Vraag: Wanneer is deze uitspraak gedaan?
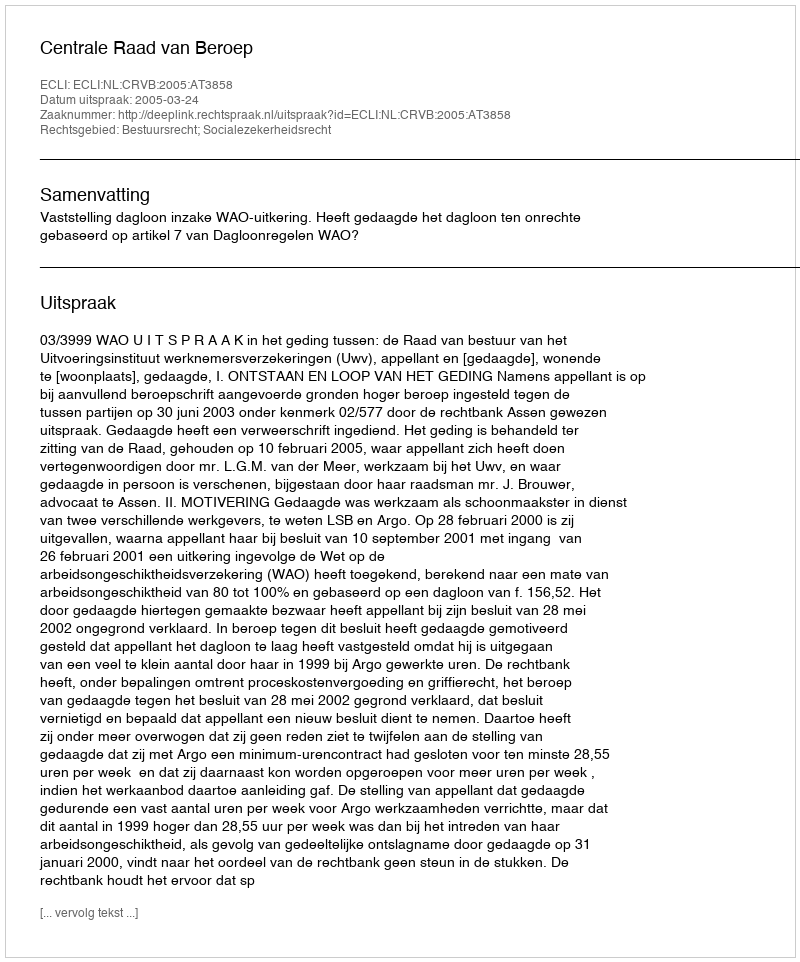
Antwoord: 2005-03-24